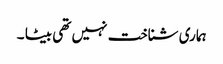
ہماری شناخت نہیں تھی بیٹا ۔